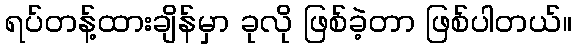
ရပ်တန့်ထားချိန်မှာ ခုလို ဖြစ်ခဲ့တာ ဖြစ်ပါတယ်။